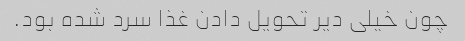
چون خیلی دیر تحویل دادن غذا سرد شده بود.